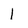
Character: 1